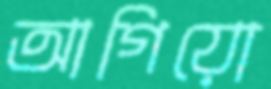
আগিয়ো